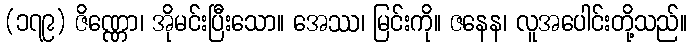
(၁၇၉) ဇိဏ္ဏော၊ အိုမင်းပြီးသော။ အေဿ၊ မြင်းကို။ ဇနေန၊ လူအပေါင်းတို့သည်။